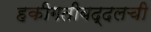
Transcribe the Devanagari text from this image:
हकीगतीबद्दलची